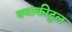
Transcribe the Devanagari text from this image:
क्वाकीटुल